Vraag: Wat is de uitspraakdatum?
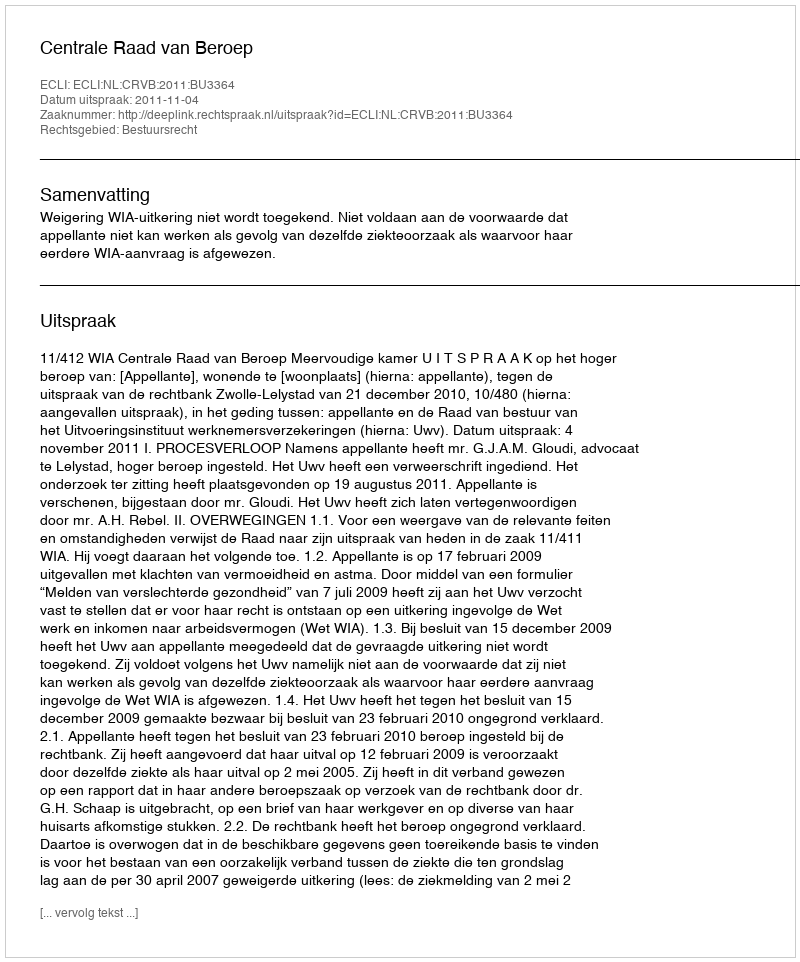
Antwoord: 2011-11-04